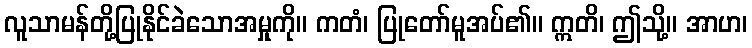
လူသာမန်တို့ပြုနိုင်ခဲသောအမှုကို။ ကတံ၊ ပြုတော်မူအပ်၏။ ဣတိ၊ ဤသို့။ အာဟ၊